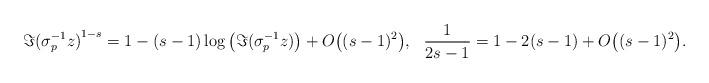
LaTeX: \begin{align*}&\Im{(\sigma_{p}^{-1}z)}^{1-s}=1 - (s-1)\log\big(\Im{(\sigma_{p}^{-1}z)}\big)+ O\big((s-1)^{2}\big), \,\,\,\,\frac{1}{2s-1} = 1- 2(s-1) + O\big((s-1)^{2}\big).\end{align*}